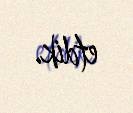
etdik.